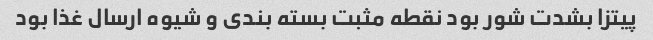
پیتزا بشدت شور بود نقطه مثبت بسته بندی و شیوه ارسال غذا بود